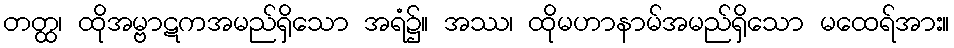
တတ္ထ၊ ထိုအမ္ဗာဋကအမည်ရှိသော အရံ၌။ အဿ၊ ထိုမဟာနာမ်အမည်ရှိသော မထေရ်အား။